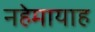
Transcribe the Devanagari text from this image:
नहेमायाह